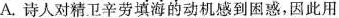
A.诗人对精卫辛劳填海的动机感到困惑，因此用